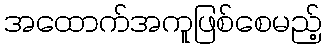
အထောက်အကူဖြစ်စေမည့်